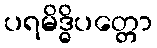
ပရမိဒ္ဓိပတ္တော